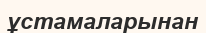
ұстамаларынан